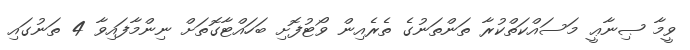
ވީމާ ޞިނާޢީ މަސައްކަތްކުރާ ތަންތަނުގެ ތެރެއިން ވޯޓުފޮށި ބަހައްޓާގޮތަށް ނިންމާފައިވާ 4 ތަނުގައި